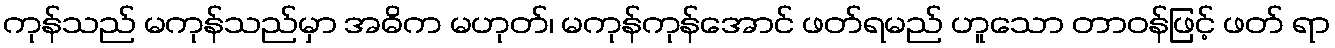
ကုန်သည် မကုန်သည်မှာ အဓိက မဟုတ်၊ မကုန်ကုန်အောင် ဖတ်ရမည် ဟူသော တာဝန်ဖြင့် ဖတ် ရာ